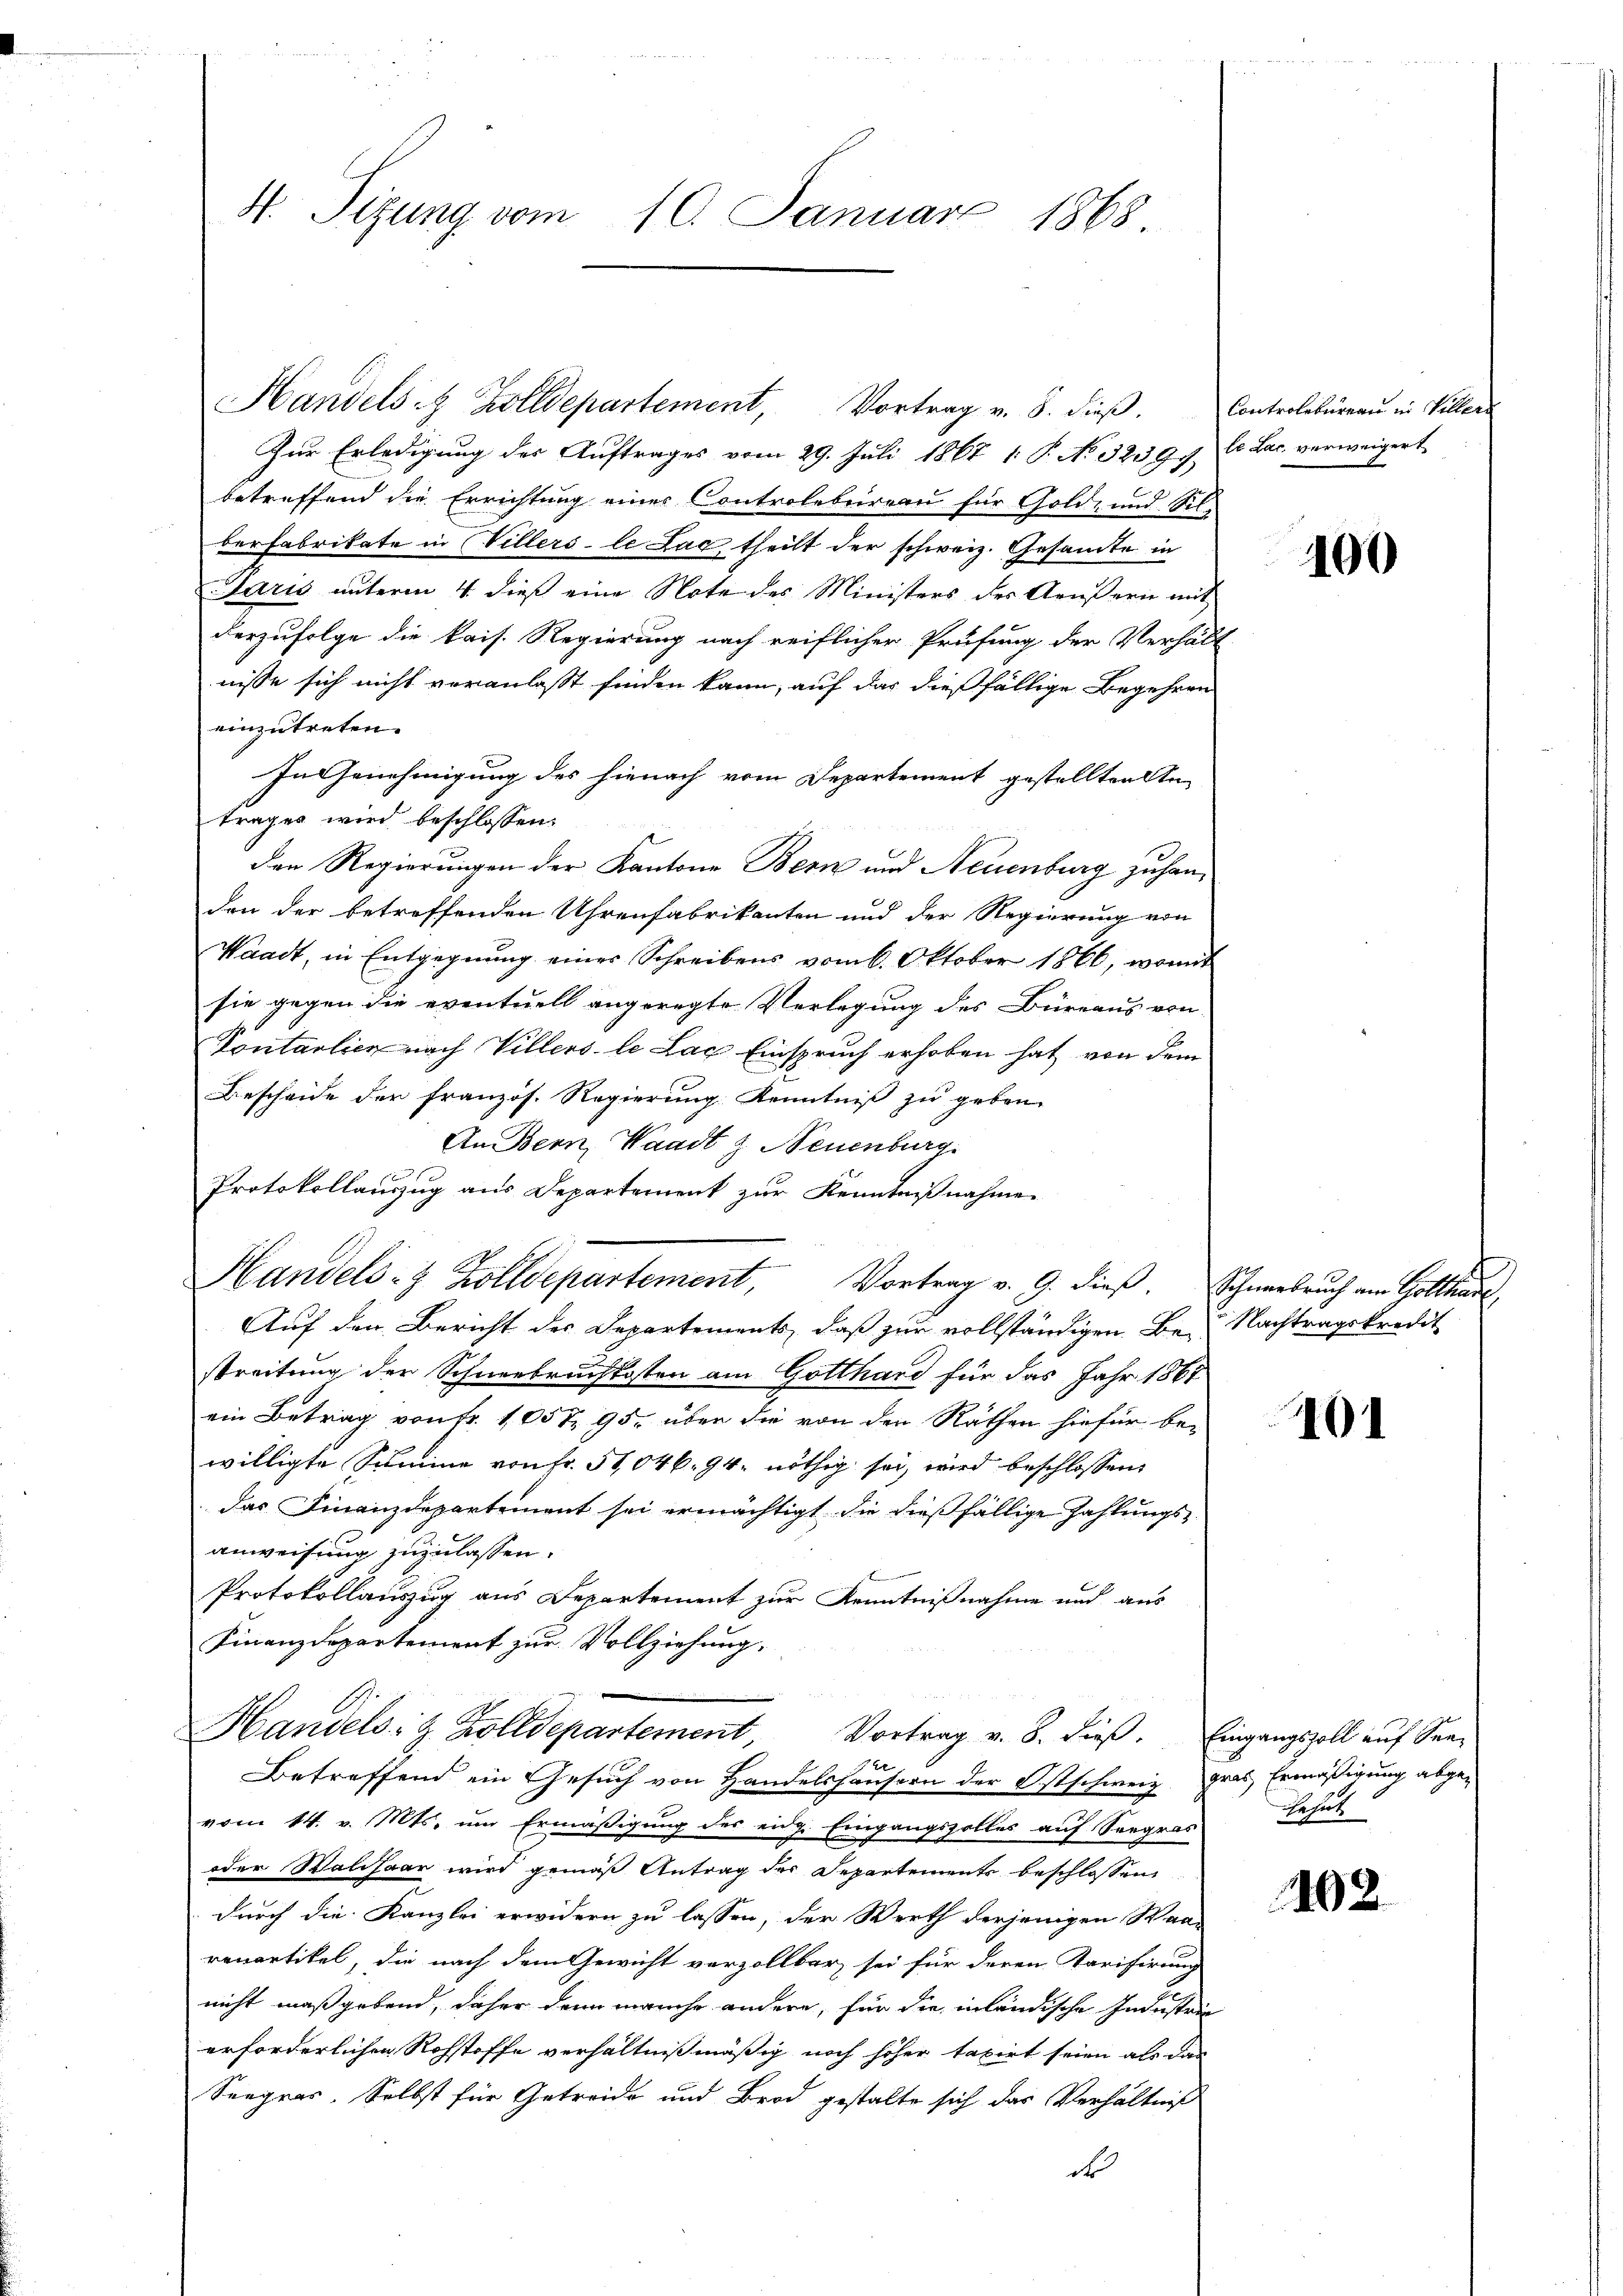
d

4. Sizung vom 10. Januar 1868.

Zur Erledigung des Auftrages vom 29. Juli 1867 1: P. No 32391. le Jac. verweigert
betreffend die Errichtung einer Controlbureau für Gold- und Sil-
der Fabrikate in Willers le Lac, theilt der schweiz. Gesandte in
Paris unterm 4. dieß eine Note des Ministers des Aeußern mit
derzufolge die kais. Regierung nach reiflicher Prüfung der Verhält
nisse sich nicht veranlaßt finden kann, auf das dießfällige Begehren
einzutreten.
In Genehmigung des hienach vom Departement gestellten Ste
trages wird beschlossen:
den Regierungen der Kantone Bern und Neuenburg zu handen der betreffenden Uhrenfabrikanten und der Regierung von
Waadt, in Entgegnung einer Schreibens vom 6. Oktober 1866, womit
sie gegen die eventuell angeregte Verlegung des Büreaus von
Pontalien nach Villers le Lag Einspruch erhoben hat von dem
Bescheide der französ. Regierung Kenntniß zu geben.
An Bern, Waadt z Neuenburg.
Protokollauszug aus Departement zur Kenntnißnahme
Auf den Bericht des Departements, daß zur vollständigen Be- Nachtragskredit
streitung der Schneebrachkosten am Gotthard für das Jahr 1861
ein Betrag von fr. 105 § 95. über die von den Räthen hiefür be-
willigte Sumine von Fr. 58,046. 94. nöthig sei, wird beschlossen:
das Finanzdepartement sei ermächtigt die dießfällige Zahlungs-
anweisung zuzulassen.
Protokollauszug aus Departement zur Kenntnißnahme und aus
Finanzdepartement zur Vollziehung,
Handels- & Zolldepartement, Vortrag v. 8. dieß. Eingangszoll auf Sen¬
Betreffend ein Gesuch von Handelshausern der Ostschweiz. Gras Ermäßigung abgevom 14. v. Mts. um Ermäßigung des eidg. Eingangszolles auf Seegras
oder Walisaar wird gemäß Antrag der Departements beschlossen
durch die Kanzlei erwidern zu lassen, der Werth derjenigen Waa-
renartikel, die nach dem Gewicht verzollbar sei für deren Karifirung
nicht maßgebend, daher denn manche andere, für die inländische Industrie
erforderlichen Rohstoffe verhältnißmäßig noch höher taxirt seien als das
Seegras. Selbst für Getreide und Brod gestalte sich das Verhältniß
d

Handels- & Zolldepartement, Vortrag v. 9. dieß. Schneebruch am Gotthare

Handelst Zolldepartement, Vortrag v. 8. dieβ. Controlebüreaŭ in Viller

100

401

Gehut

402.